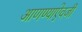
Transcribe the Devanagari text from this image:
आणण्याऐवजी